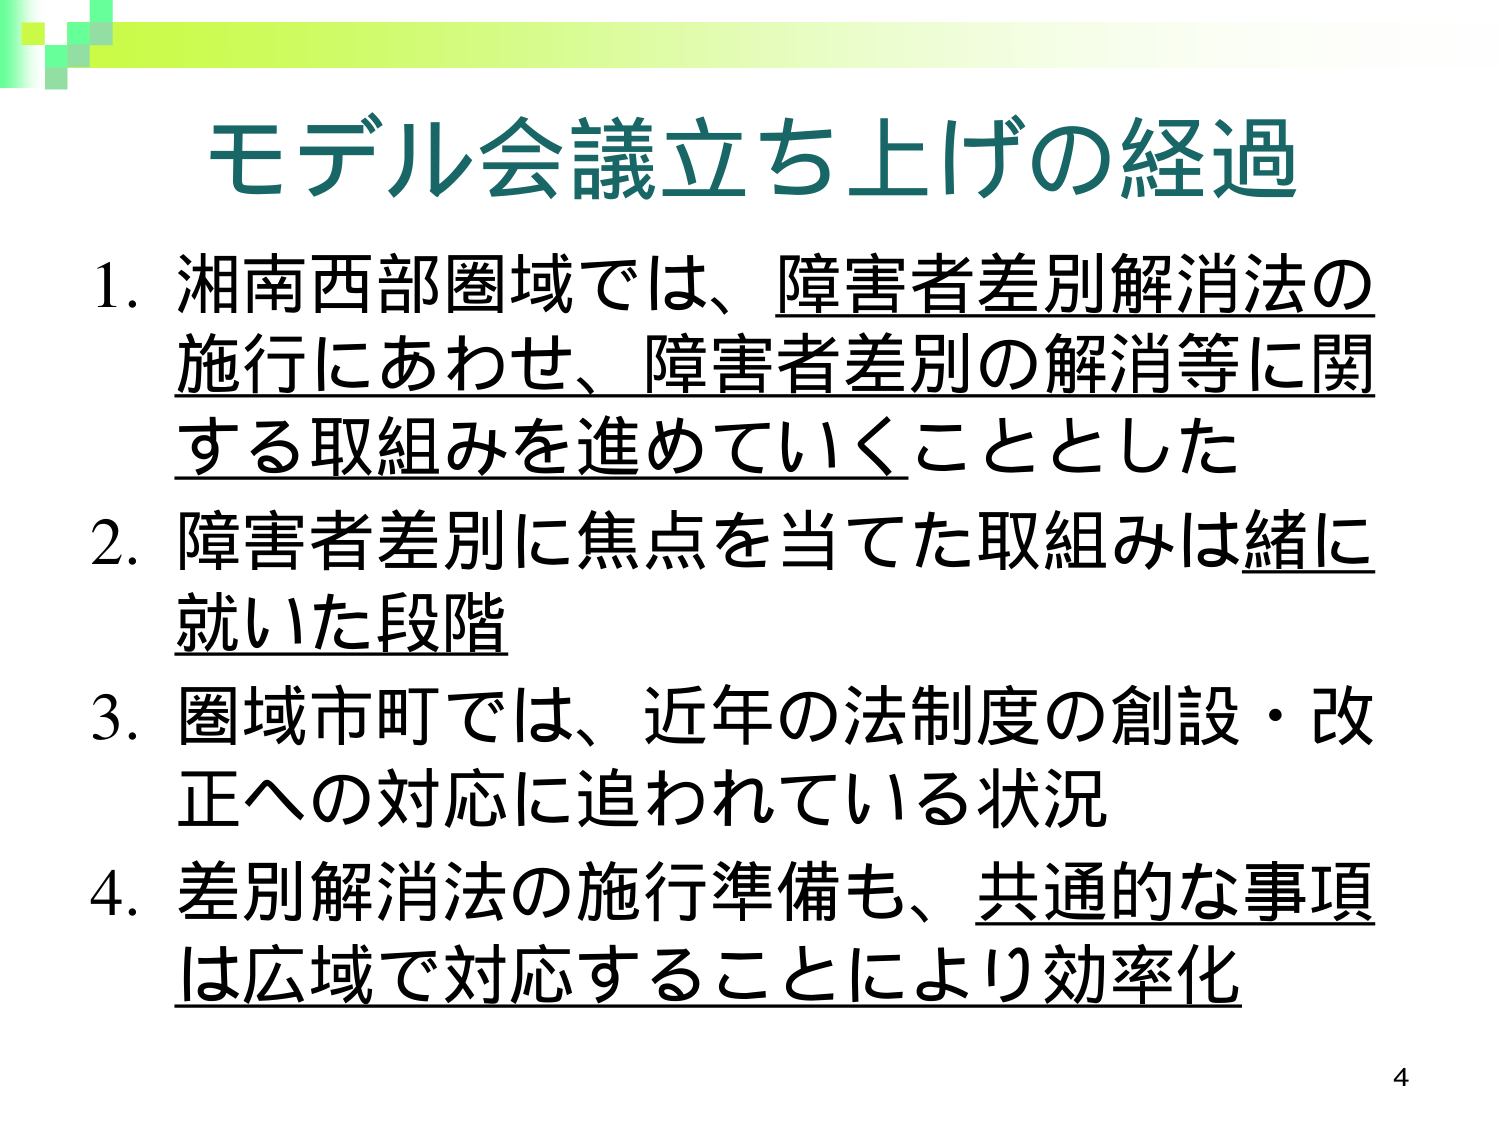
モデル会議立ち上げの経過

1. 湘南西部圏域では、障害者差別解消法の施行にあわせ、障害者差別の解消等に関する取組みを進めていくこととした

2. 障害者差別に焦点を当てた取組みは緒に就いた段階

3. 圏域市町では、近年の法制度の創設・改正への対応に追われている状況

4. 差別解消法の施行準備も、共通的な事項は広域で対応することにより効率化

4